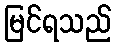
မြင်ရသည်